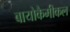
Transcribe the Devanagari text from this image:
बायोकैमीकल